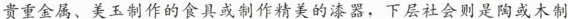
贵重金属、美玉制作的食具或制作精美的漆器，下层社会则是陶或木制